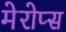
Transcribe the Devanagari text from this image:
मेरोप्स